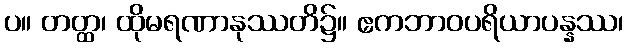
ပ။ တတ္ထ၊ ထိုမရဏာနုဿတိ၌။ ဧကဘာဝပရိယာပန္နဿ၊